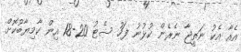
އެއާ އެކު ނަތީޖާ ނެރެން ކުޅުނު ފަހު ސެޓު 20-18 އިން ކާމިޔާބުކޮށް